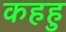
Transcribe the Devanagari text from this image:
कहहु